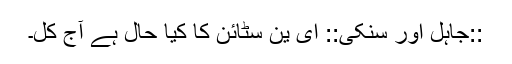
::جاہل اور سنکی:: ای ین سٹائن کا کیا حال ہے آج کل۔